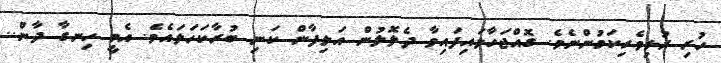
ހުރި ރުޅިވެރިކަމުންނެވެ. ގޮއްޖަހާލައިފައިވާ ދެލޮލުން އަލިފާން ކަނި ބުރާކަހަލައެވެ. އެމީ ހިނގާ ދާން..